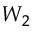
W _ { 2 }